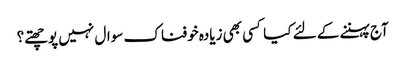
آج پہننے کے لئے کیا کسی بھی زیادہ خوفناک سوال نہیں پوچھتے؟